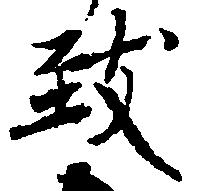
致